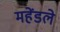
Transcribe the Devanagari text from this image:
महेंडले